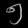
Digit: ၅